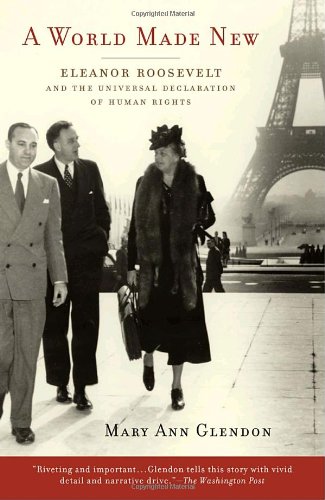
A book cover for A World Made New: Eleanor Roosevelt and the Universal Declaration of Human Rights; Mary Ann Glendon; Law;